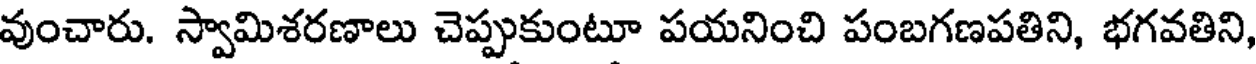
వుంచారు. స్వామిశరణాలు చెప్పుకుంటూ పయనించి పంబగణపతిని, భగవతిని,